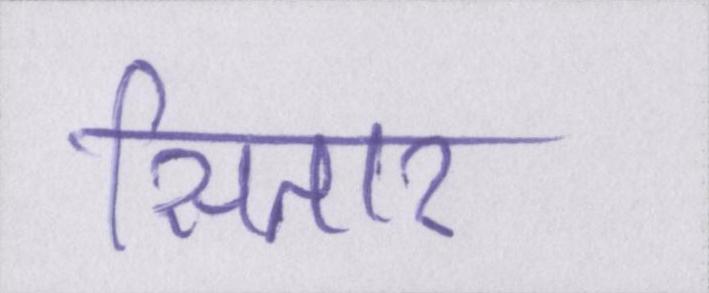
सितार